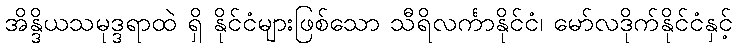
အိန္ဒိယသမုဒ္ဒရာထဲ ရှိ နိုင်ငံများဖြစ်သော သီရိလင်္ကာနိုင်ငံ၊ မော်လဒိုက်နိုင်ငံနှင့်